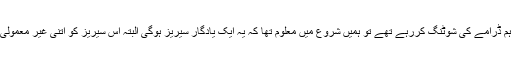
اس سوال پر انجن التان نے کہا جب ہم ڈرامے کی شوٹنگ کررہے تھے تو ہمیں شروع میں معلوم تھا کہ یہ ایک یادگار سیریز ہوگی البتہ اس سیریز کو اتنی غیر معمولی کامیابی ملے گی یہ نہیں سوچا تھا۔